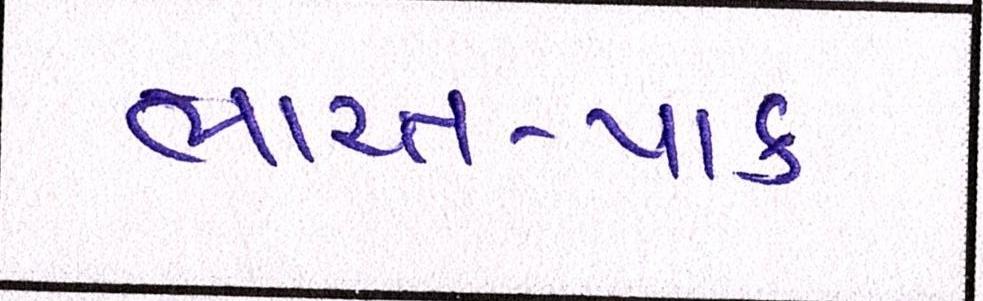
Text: ભારત-પાક